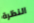
النظرة